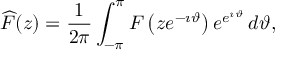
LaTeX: { \widehat { F } } ( z ) = { \frac { 1 } { 2 \pi } } \int _ { - \pi } ^ { \pi } F \left( z e ^ { - \imath \vartheta } \right) e ^ { e ^ { \imath \vartheta } } \, d \vartheta ,